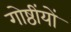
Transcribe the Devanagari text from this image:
गोष्ठींयों